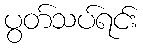
ပွတ်သပ်ရင်း